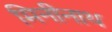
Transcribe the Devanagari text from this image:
मिनीनाथ